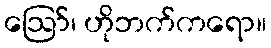
ဪ၊ ဟိုဘက်ကရော။